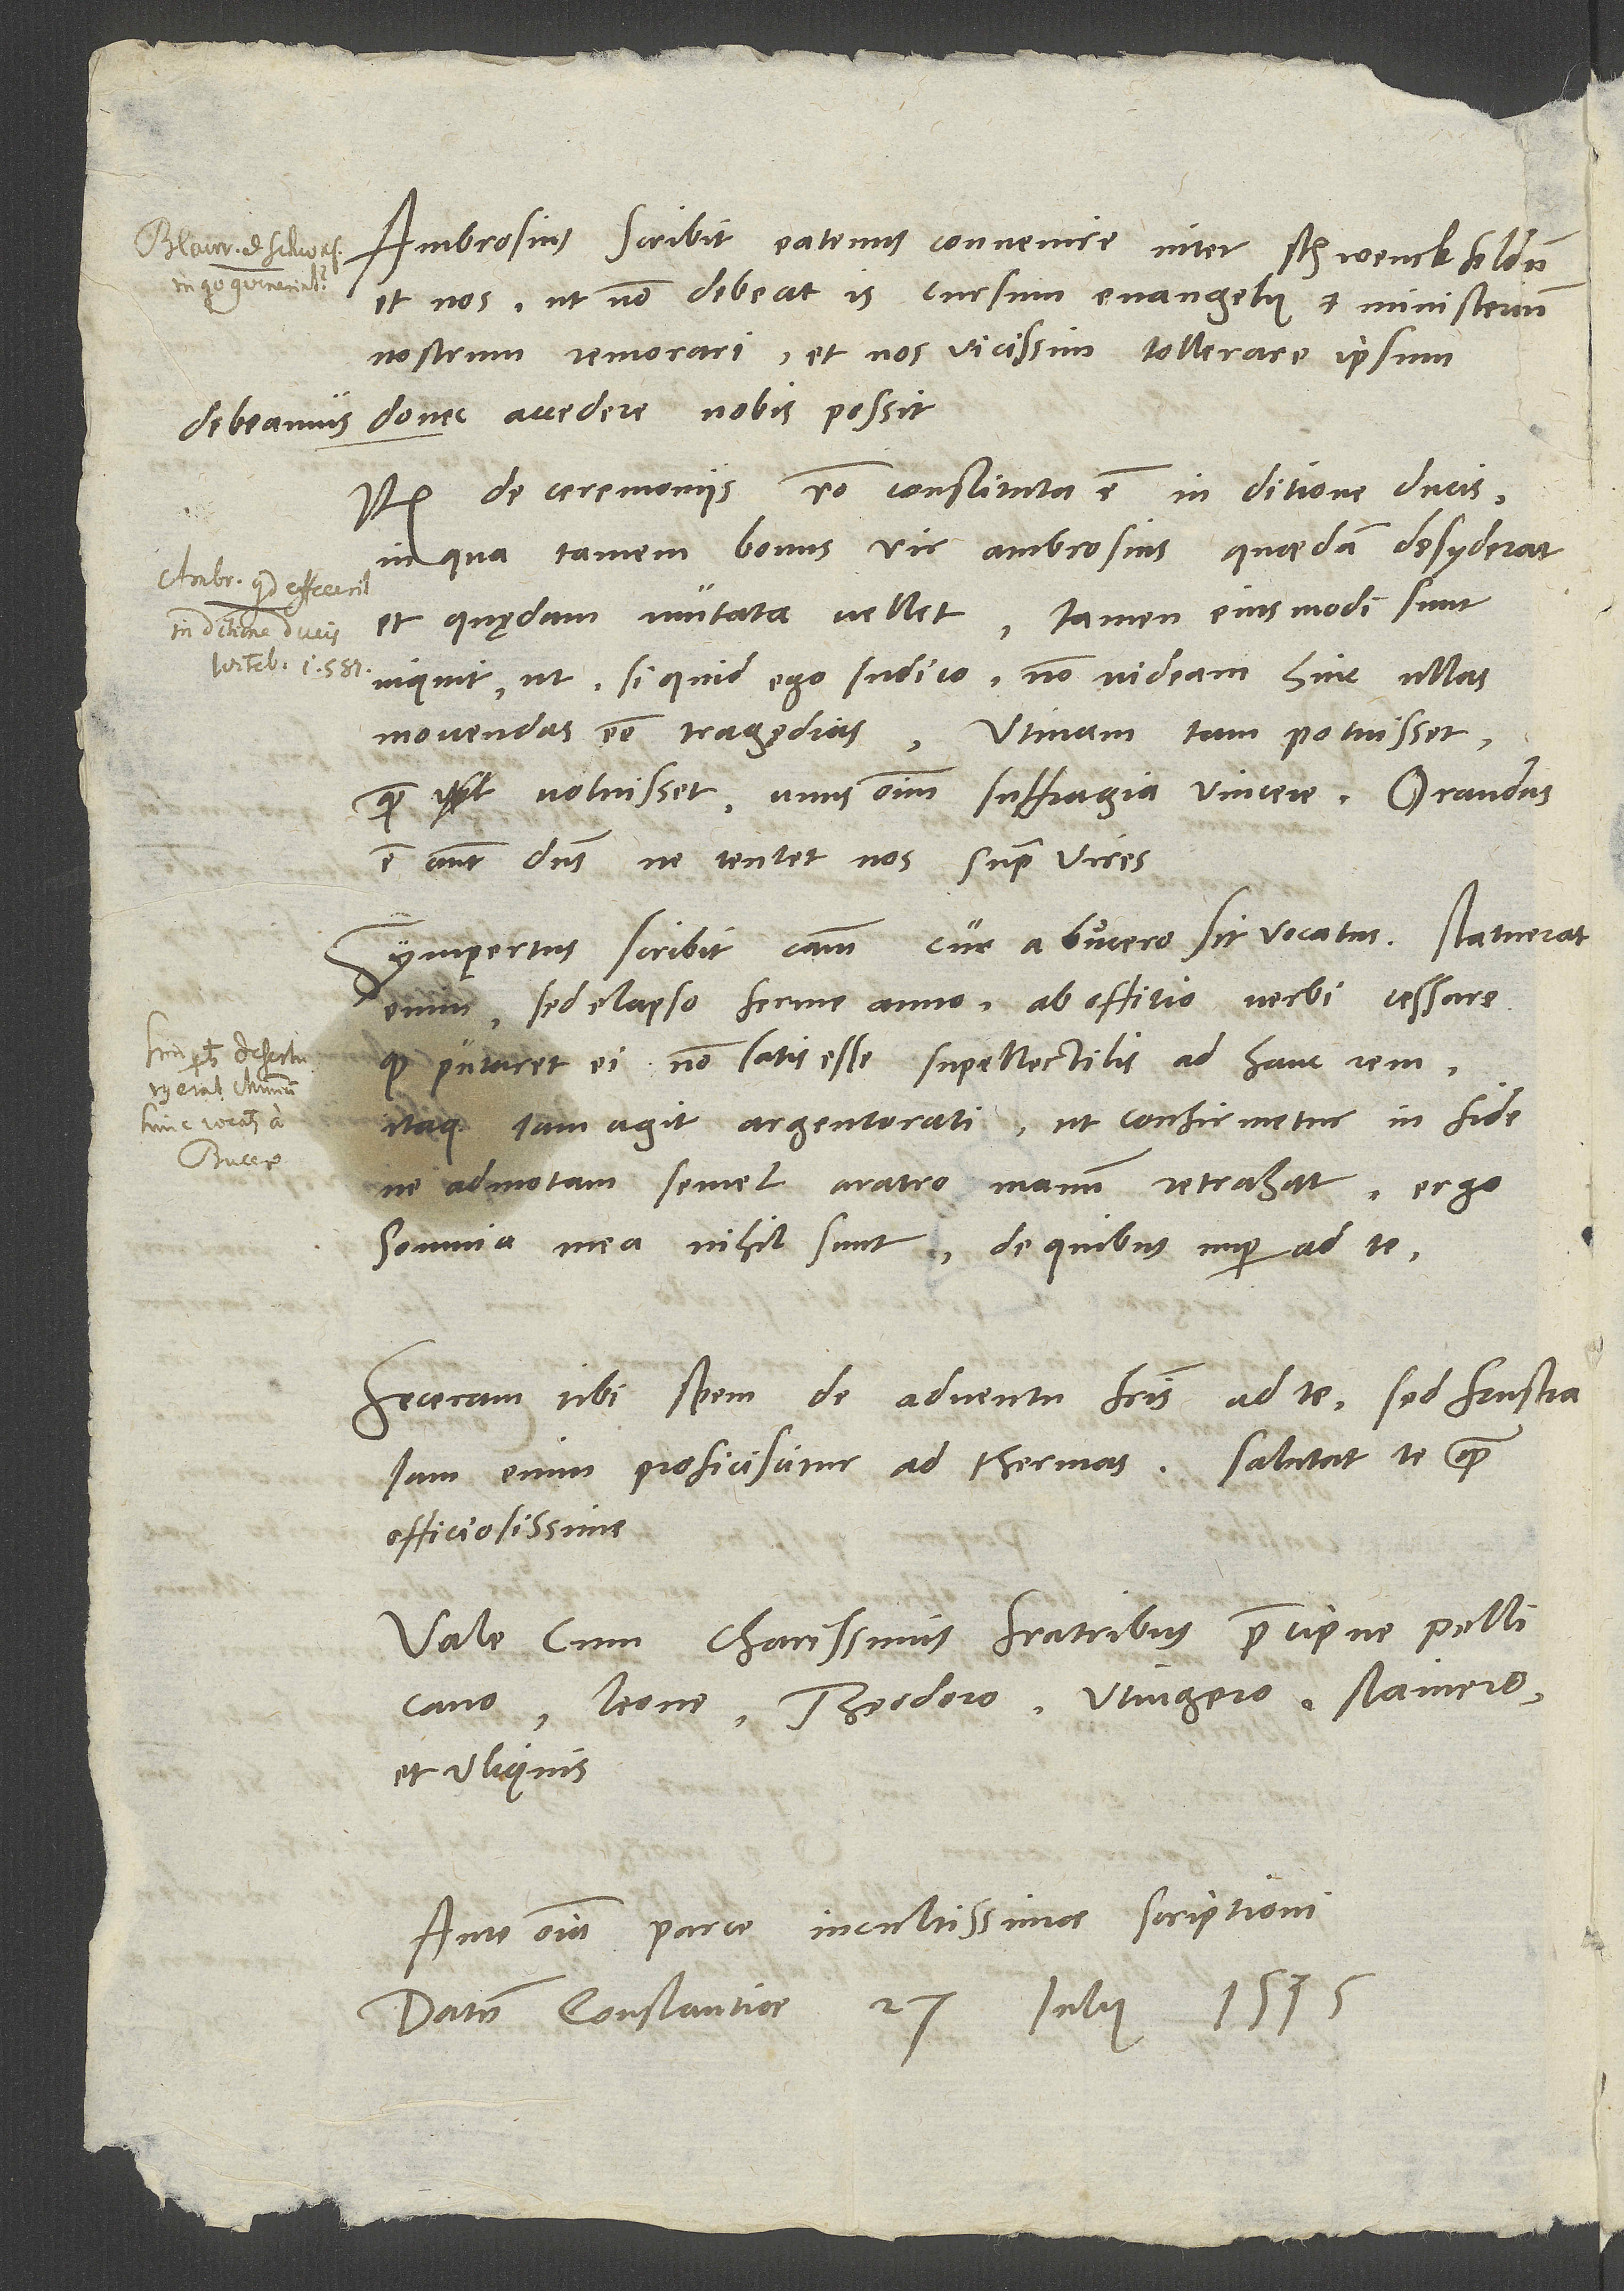
Ambrosius scribit eatenus convenire inter Schwenckfeldum
et nos, ut non debeat is cursum evangelii et ministerium
nostrorum remorari et nos vicissim tollerare ipsum
donec accedere nobis possit.
debeamus,
Item de ceremoniis ratio constituta est in ditione ducis,
in qua tamen bonus vir Ambrosius quaedam desyderat
et quędam mutata vellet. "Tamen eiusmodi sunt",
inquit, "ut, si quid ego iudico, non videam hinc ullas
movendas esse tragaedias." Utinam tam potuisset,
quam voluisset, unus omnium suffragia vincere. Orandus
est autem dominus, ne tentet nos supra vires.
Sympertus scribit causam, cur a Bucero sit vocatus. Statuerat
enim, sed elapso ferme anno, ab offitio verbi cessare,
quod putaret ei non satis esse supellectilis ad hanc rem.
Itaque iam agit Argentorati, ut confirmetur in fide,
ne admotam semel aratro manum retrahat. Ergo
somnia mea nihil sunt, de quibus nuper ad te.
Feceram tibi spem de adventu fratris ad te, sed frustra;
iam enim proficiscitur ad thermas. Salutat te quam
officiosissime.
Vale cum charissimis fratribus, praecipue Pellicano,
Leone, Theodoro, Utingero, Stainero
et reliquis.
Ante omnia parce incultissimae scriptioni.
Datum Constantiae, 27. iulii 1535.